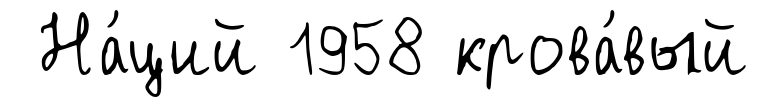
На́ций 1958 крова́вый